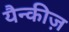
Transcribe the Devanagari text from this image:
यैन्कीज़